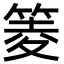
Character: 䈊